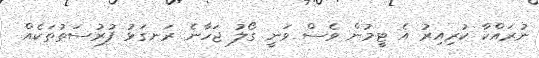
ނުރައްކާ ކުރިއިރު އެ ޓީމުން ވެސް ވަނީ ގޯލު ޖަހާނެ ރަނގަޅު ފުރުސަތުތަކެއް